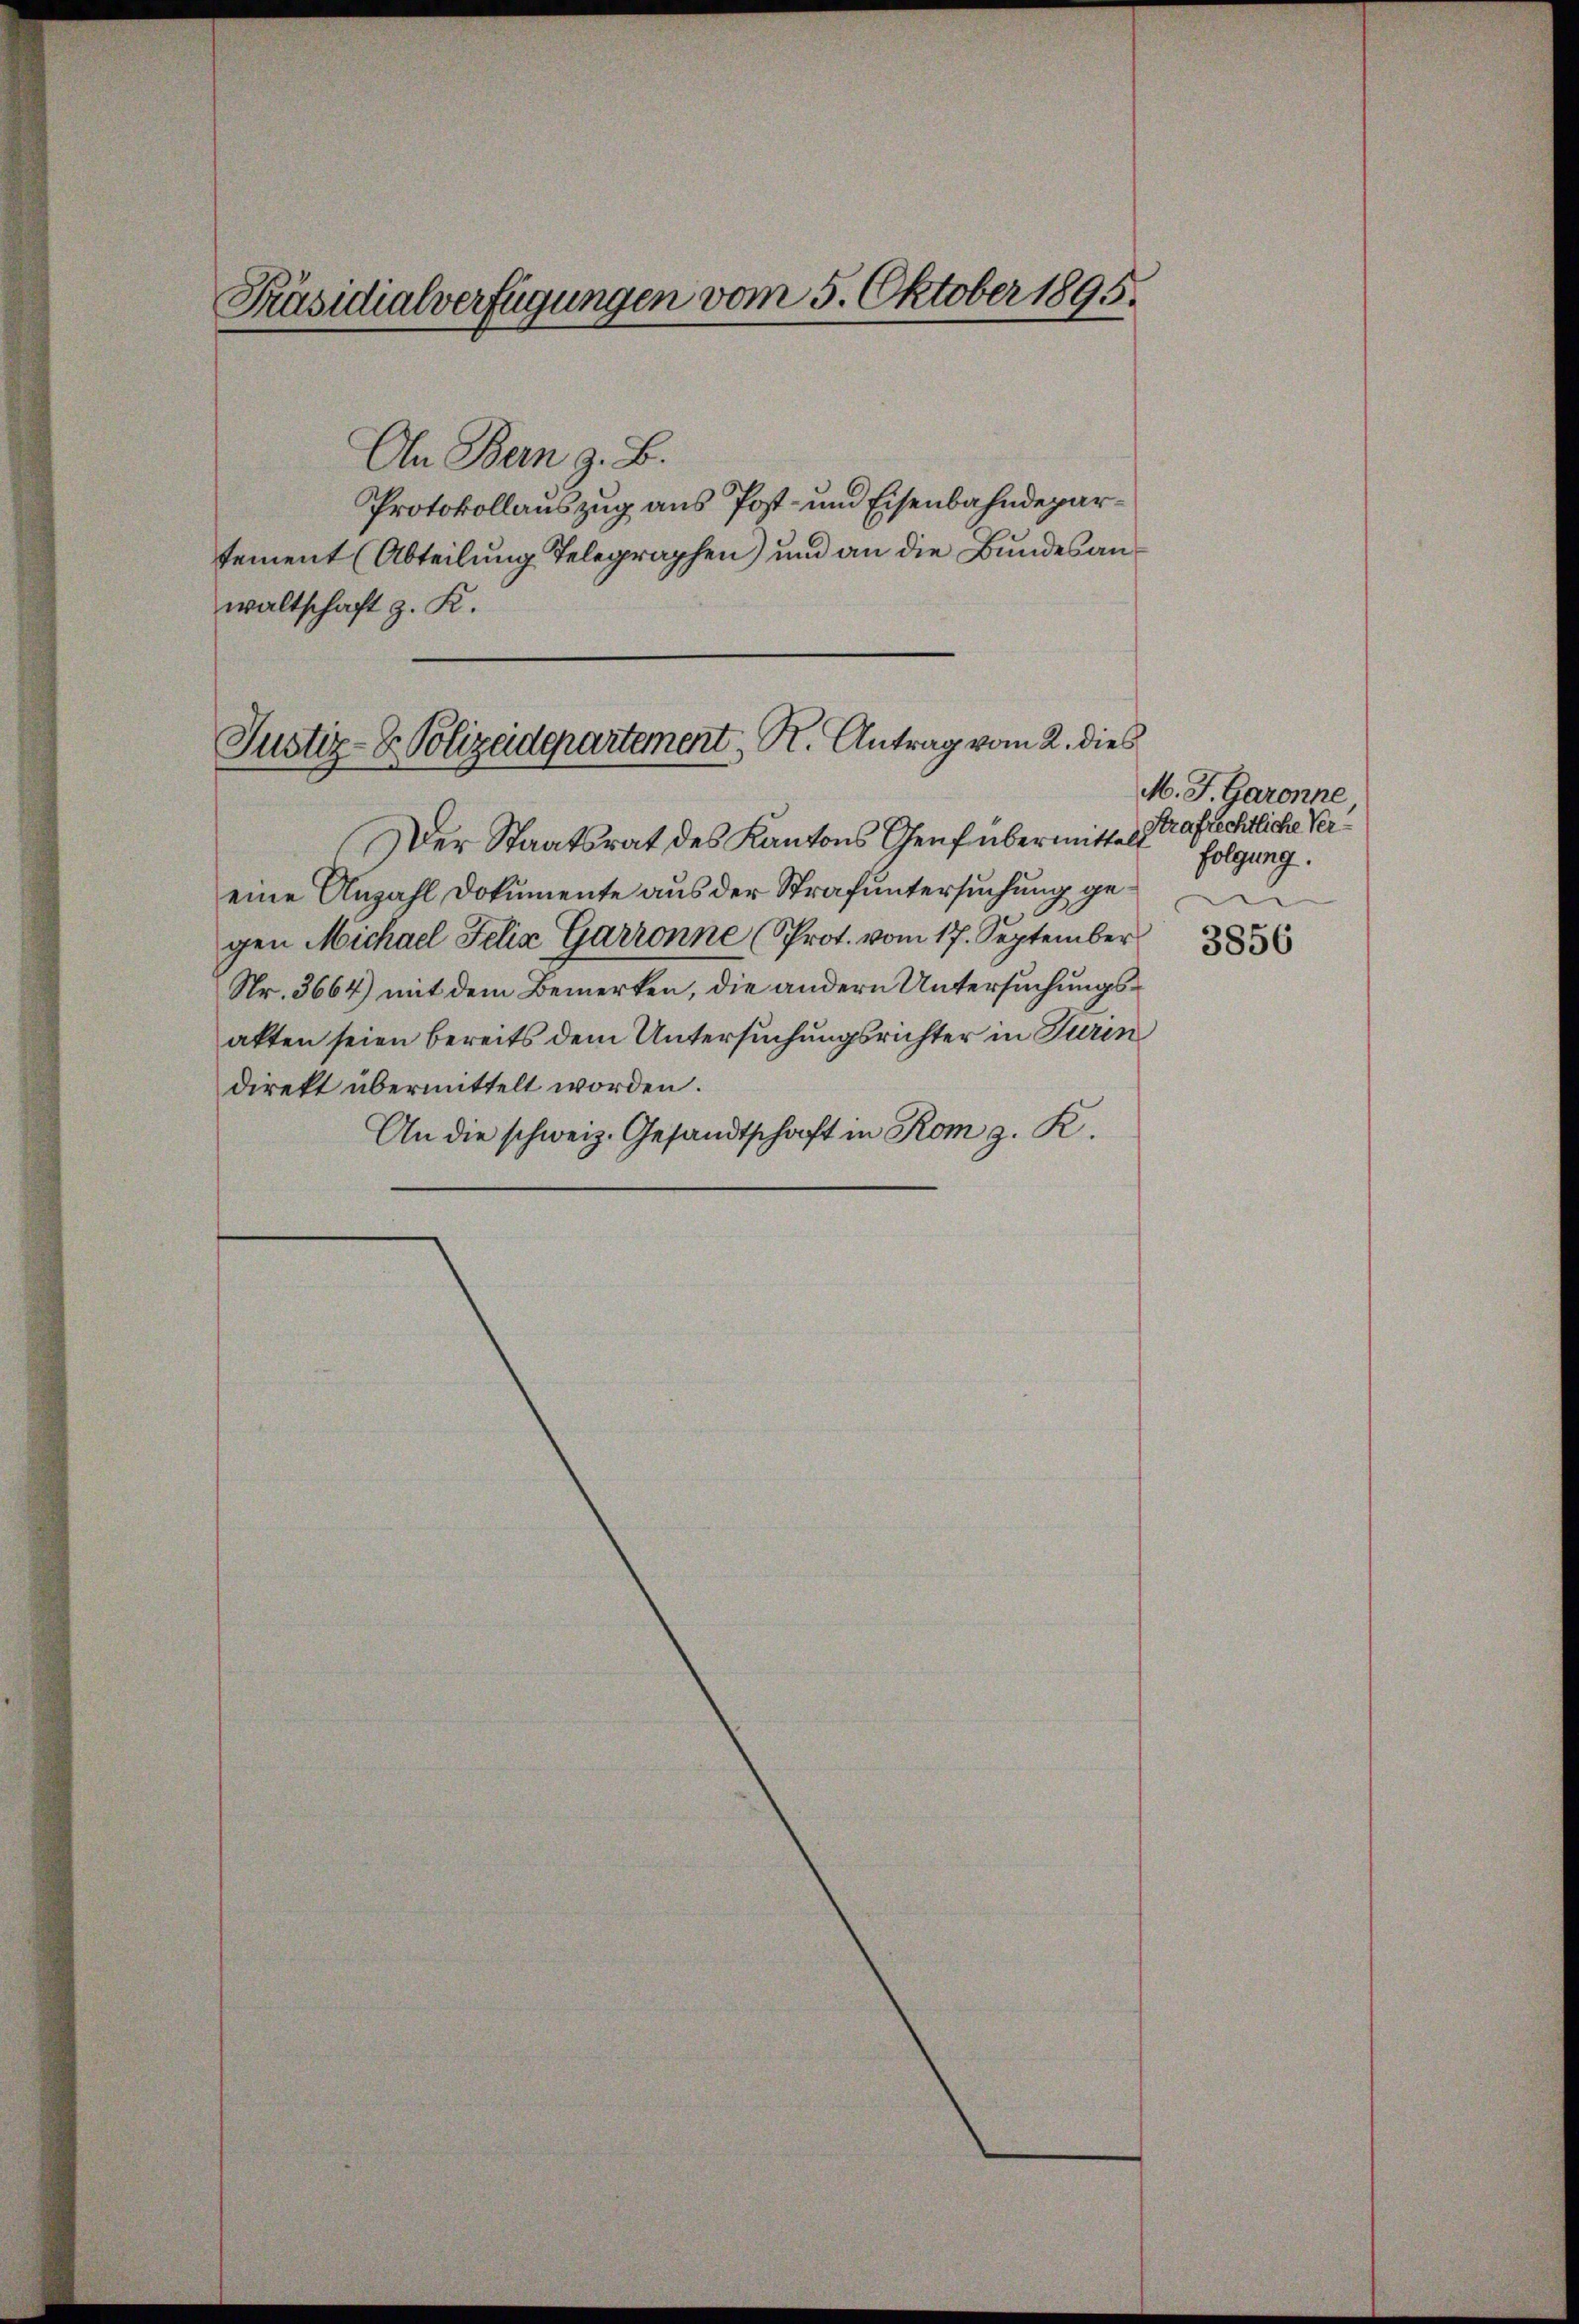
Präsidialverfügungen vom 5. Oktober 1895.

An Bern z. B.
Protokollauszug aus Post- und Eisenbahndepartement (Abteilung Telegraphen) und an die Bundesanwaltschaft z. K.

Justiz-V. Polizeidepartement, R. Antrag vom 2. dies

Der Staatsrat des Kantons Genf übermittelt
eine Anzahl Dokumente aus der Strafuntersuchung gegen Michael Felix Garronne (Prot. vom 17. September
Nr. 3664) mit dem Bemerken, die andern Untersuchungsakten seien bereits dem Untersuchungsrichter in Turin
direkt übermittelt worden.
An die schweiz. Gesandtschaft in Rom z. K.

M. J. Garonne
Strafrechtliche Verfolgung.
3856